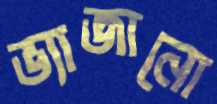
ভ্যাজানো